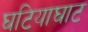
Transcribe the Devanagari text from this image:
घटियाघाट